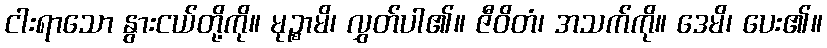
ငါးရာသော နွားငယ်တို့ကို။ မုဉ္စာမိ၊ လွှတ်ပါ၏။ ဇီဝိတံ၊ အသက်ကို။ ဒေမိ၊ ပေး၏။